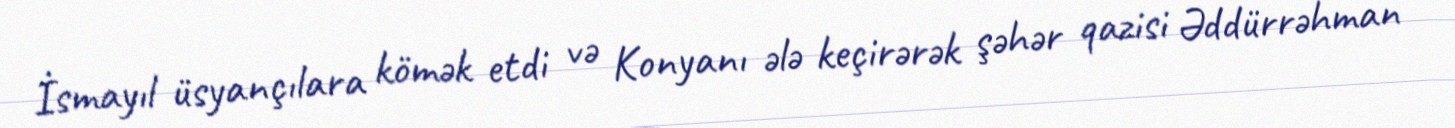
İsmayıl üsyançılara kömək etdi və Konyanı ələ keçirərək şəhər qazisi Əddürrəhman